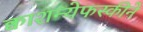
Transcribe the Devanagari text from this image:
क्वाशन्येफस्कीने